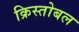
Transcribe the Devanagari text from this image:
क्रिस्तोबल